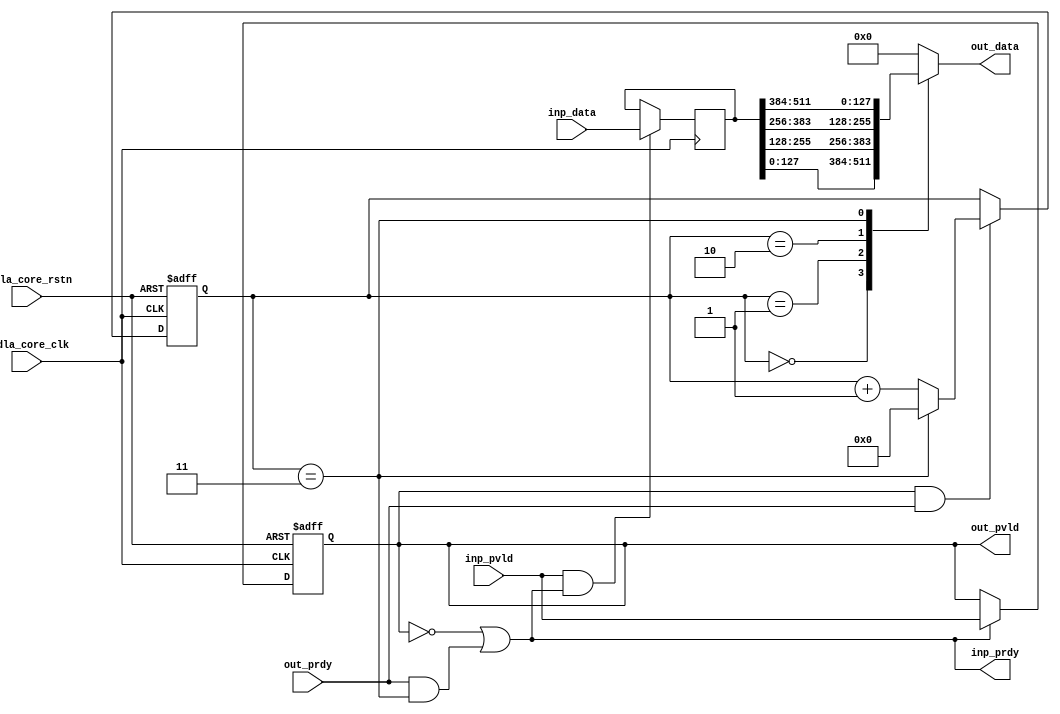
// ================================================================
// NVDLA Open Source Project
// 
// Copyright(c) 2016 - 2017 NVIDIA Corporation.  Licensed under the
// NVDLA Open Hardware License; Check "LICENSE" which comes with 
// this distribution for more information.
// ================================================================


module NV_NVDLA_SDP_CORE_pack (
   nvdla_core_clk
  ,nvdla_core_rstn
  ,inp_pvld
  ,inp_data
  ,inp_prdy
  ,out_pvld
  ,out_data
  ,out_prdy
);

parameter   IW = 512; 
parameter   OW = 128; 
parameter   RATIO = IW/OW; 

input nvdla_core_clk;
input nvdla_core_rstn;

input  inp_pvld;
output inp_prdy;
input  [IW-1:0] inp_data;

output out_pvld;
input  out_prdy;
output [OW-1:0] out_data;

reg  [IW-1:0] pack_data;
reg           pack_pvld;
wire          pack_prdy;
wire          inp_acc;
wire          out_acc;
wire          is_pack_last;
reg  [OW-1:0] mux_data;


assign out_data  = mux_data;

assign pack_prdy = out_prdy;
assign out_pvld  = pack_pvld;
assign inp_prdy = (!pack_pvld) | (pack_prdy & is_pack_last);

always @(posedge nvdla_core_clk or negedge nvdla_core_rstn) begin
  if (!nvdla_core_rstn) 
    pack_pvld <= 1'b0;
  else if (inp_prdy) 
    pack_pvld <= inp_pvld;
end


assign inp_acc = inp_pvld & inp_prdy;
assign out_acc = out_pvld & out_prdy;

always @(posedge nvdla_core_clk) begin
  if (inp_acc) 
    pack_data <= inp_data;
end

wire [OW*16-1:0] pack_data_ext = {{(OW*16-IW){1'b0}},pack_data};

reg  [3:0]  pack_cnt;
always @(posedge nvdla_core_clk or negedge nvdla_core_rstn) begin
  if (!nvdla_core_rstn) 
    pack_cnt <= 4'h0;
  else if (out_acc) begin
    if (is_pack_last) 
        pack_cnt <= 4'h0;
    else 
        pack_cnt <= pack_cnt + 1;
  end
end

assign is_pack_last = (pack_cnt==RATIO-1);

wire [OW-1:0]  pack_seg0  = pack_data_ext[((OW*0) + OW - 1):OW*0];
wire [OW-1:0]  pack_seg1  = pack_data_ext[((OW*1) + OW - 1):OW*1];
wire [OW-1:0]  pack_seg2  = pack_data_ext[((OW*2) + OW - 1):OW*2];
wire [OW-1:0]  pack_seg3  = pack_data_ext[((OW*3) + OW - 1):OW*3];
wire [OW-1:0]  pack_seg4  = pack_data_ext[((OW*4) + OW - 1):OW*4];
wire [OW-1:0]  pack_seg5  = pack_data_ext[((OW*5) + OW - 1):OW*5];
wire [OW-1:0]  pack_seg6  = pack_data_ext[((OW*6) + OW - 1):OW*6];
wire [OW-1:0]  pack_seg7  = pack_data_ext[((OW*7) + OW - 1):OW*7];
wire [OW-1:0]  pack_seg8  = pack_data_ext[((OW*8) + OW - 1):OW*8];
wire [OW-1:0]  pack_seg9  = pack_data_ext[((OW*9) + OW - 1):OW*9];
wire [OW-1:0]  pack_seg10 = pack_data_ext[((OW*10) + OW - 1):OW*10];
wire [OW-1:0]  pack_seg11 = pack_data_ext[((OW*11) + OW - 1):OW*11];
wire [OW-1:0]  pack_seg12 = pack_data_ext[((OW*12) + OW - 1):OW*12];
wire [OW-1:0]  pack_seg13 = pack_data_ext[((OW*13) + OW - 1):OW*13];
wire [OW-1:0]  pack_seg14 = pack_data_ext[((OW*14) + OW - 1):OW*14];
wire [OW-1:0]  pack_seg15 = pack_data_ext[((OW*15) + OW - 1):OW*15];


generate
if(RATIO == 1) begin
always @( pack_seg0) begin
     mux_data = pack_seg0;
end
end

else if(RATIO == 2) begin
always @(
  pack_cnt
  or pack_seg0
  or pack_seg1
  ) begin
    case (pack_cnt)
     0: mux_data = pack_seg0;
     1: mux_data = pack_seg1;
    default : mux_data = {OW{1'b0}};
    endcase
end
end

else if(RATIO == 4) begin
always @(
  pack_cnt
  or pack_seg0
  or pack_seg1
  or pack_seg2
  or pack_seg3
  ) begin
    case (pack_cnt)
     0: mux_data = pack_seg0;
     1: mux_data = pack_seg1;
     2: mux_data = pack_seg2;
     3: mux_data = pack_seg3;
    default : mux_data = {OW{1'b0}};
    endcase
end
end

else if (RATIO == 8) begin
always @(
  pack_cnt
  or pack_seg0
  or pack_seg1
  or pack_seg2
  or pack_seg3
  or pack_seg4
  or pack_seg5
  or pack_seg6
  or pack_seg7
  ) begin
    case (pack_cnt)
     0: mux_data = pack_seg0;
     1: mux_data = pack_seg1;
     2: mux_data = pack_seg2;
     3: mux_data = pack_seg3;
     4: mux_data = pack_seg4;
     5: mux_data = pack_seg5;
     6: mux_data = pack_seg6;
     7: mux_data = pack_seg7;
    default : mux_data = {OW{1'b0}};
    endcase
end
end

else if (RATIO == 16) begin
always @(
  pack_cnt
  or pack_seg0
  or pack_seg1
  or pack_seg2
  or pack_seg3
  or pack_seg4
  or pack_seg5
  or pack_seg6
  or pack_seg7
  or pack_seg8
  or pack_seg9
  or pack_seg10
  or pack_seg11
  or pack_seg12
  or pack_seg13
  or pack_seg14
  or pack_seg15
  ) begin
    case (pack_cnt)
     0: mux_data = pack_seg0;
     1: mux_data = pack_seg1;
     2: mux_data = pack_seg2;
     3: mux_data = pack_seg3;
     4: mux_data = pack_seg4;
     5: mux_data = pack_seg5;
     6: mux_data = pack_seg6;
     7: mux_data = pack_seg7;
     8: mux_data = pack_seg8;
     9: mux_data = pack_seg9;
     10: mux_data = pack_seg10;
     11: mux_data = pack_seg11;
     12: mux_data = pack_seg12;
     13: mux_data = pack_seg13;
     14: mux_data = pack_seg14;
     15: mux_data = pack_seg15;
    default : mux_data = {OW{1'b0}};
    endcase
end
end
endgenerate



endmodule // NV_NVDLA_SDP_CORE_pack